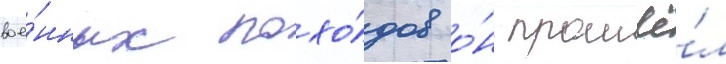
вое́нных похо́дов о́н прошё́л